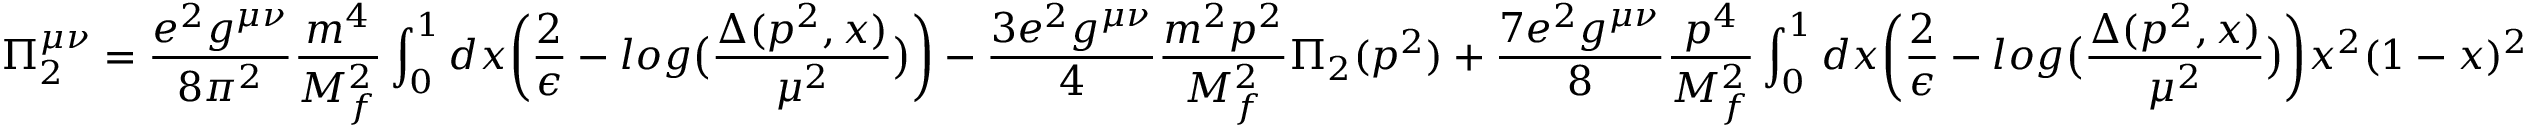
\Pi _ { 2 } ^ { \mu \nu } = \frac { e ^ { 2 } g ^ { \mu \nu } } { 8 \pi ^ { 2 } } \frac { m ^ { 4 } } { M _ { f } ^ { 2 } } \int _ { 0 } ^ { 1 } d x \biggl ( \frac { 2 } { \epsilon } - l o g \bigl ( \frac { \Delta ( p ^ { 2 } , x ) } { \mu ^ { 2 } } \bigr ) \biggr ) - \frac { 3 e ^ { 2 } g ^ { \mu \nu } } { 4 } \frac { m ^ { 2 } p ^ { 2 } } { M _ { f } ^ { 2 } } \Pi _ { 2 } ( p ^ { 2 } ) + \frac { 7 e ^ { 2 } g ^ { \mu \nu } } { 8 } \frac { p ^ { 4 } } { M _ { f } ^ { 2 } } \int _ { 0 } ^ { 1 } d x \biggl ( \frac { 2 } { \epsilon } - l o g \bigl ( \frac { \Delta ( p ^ { 2 } , x ) } { \mu ^ { 2 } } \bigr ) \biggr ) x ^ { 2 } ( 1 - x ) ^ { 2 }